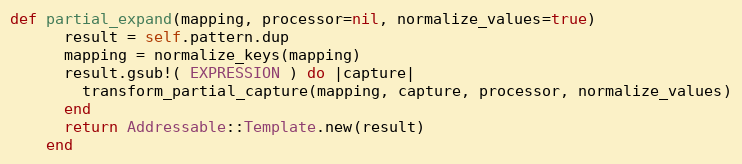
Language: Ruby
def partial_expand(mapping, processor=nil, normalize_values=true)
      result = self.pattern.dup
      mapping = normalize_keys(mapping)
      result.gsub!( EXPRESSION ) do |capture|
        transform_partial_capture(mapping, capture, processor, normalize_values)
      end
      return Addressable::Template.new(result)
    end